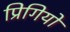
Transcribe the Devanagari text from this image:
प्रिगियो